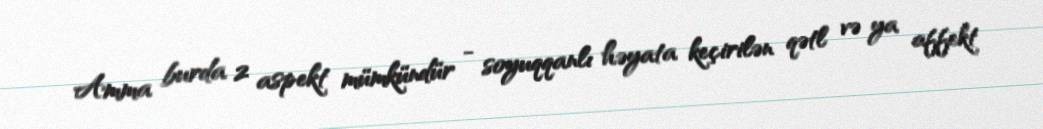
Amma burda 2 aspekt mümkündür - soyuqqanlı həyata keçirilən qətl və ya affekt